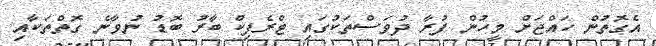
އެގޮތުން ހައްޖަށް މީހުން ފުރާ ދުވަސްތަކުގައި ޓްރެފިކް ބާރު ބޮޑު ނުވާނެ ގޮތްތަކާއި